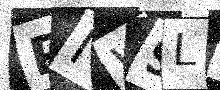
Text: PIW9LH